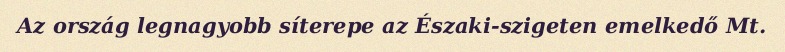
Az ország legnagyobb síterepe az Északi-szigeten emelkedő Mt.